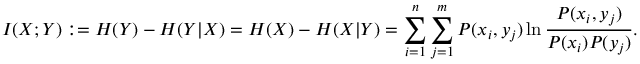
I ( X ; Y ) : = H ( Y ) - H ( Y | X ) = H ( X ) - H ( X | Y ) = \sum _ { i = 1 } ^ { n } \sum _ { j = 1 } ^ { m } P ( x _ { i } , y _ { j } ) \ln \frac { P ( x _ { i } , y _ { j } ) } { P ( x _ { i } ) P ( y _ { j } ) } .